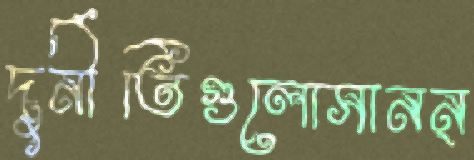
দুর্নীতিগুলোসানন্